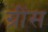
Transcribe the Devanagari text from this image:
ग्रींस